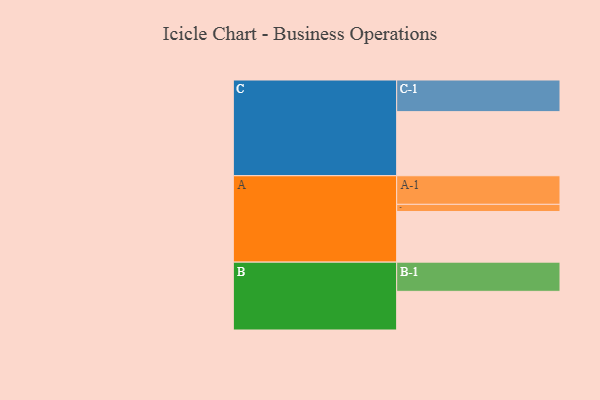
{"axis": {"x": "Segment", "y": "Value"}, "legend": ["", "A", "B", "C"], "data": [{"x": "A", "y": 418, "type": ""}, {"x": "B", "y": 319, "type": ""}, {"x": "C", "y": 529, "type": ""}, {"x": "A-1", "y": 236, "type": "A"}, {"x": "A-2", "y": 59, "type": "A"}, {"x": "B-1", "y": 241, "type": "B"}, {"x": "C-1", "y": 261, "type": "C"}]}